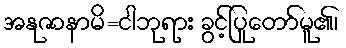
အနုဇာနာမိ=ငါဘုရား ခွင့်ပြုတော်မူ၏၊